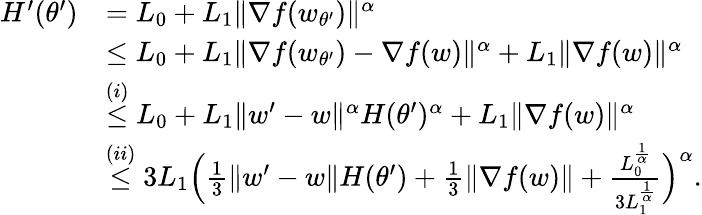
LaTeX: \begin{array}{rl}{H^{\prime}(\theta^{\prime})}&{=L_{0}+L_{1}\| \nabla f(w_{\theta^{\prime}})\| ^{\alpha}}\\ &{\le L_{0}+L_{1}\| \nabla f(w_{\theta^{\prime}})-\nabla f(w)\| ^{\alpha}+L_{1}\| \nabla f(w)\| ^{\alpha}}\\ &{\overset{(i)}{\le}L_{0}+L_{1}\| w^{\prime}-w\| ^{\alpha}H(\theta^{\prime})^{\alpha}+L_{1}\| \nabla f(w)\| ^{\alpha}}\\ &{\overset{(ii)}{\le}3L_{1}\Big(\frac{1}{3}\| w^{\prime}-w\| H(\theta^{\prime})+\frac{1}{3}\| \nabla f(w)\| +\frac{L_{0}^{\frac{1}{\alpha}}}{3L_{1}^{\frac{1}{\alpha}}}\Big)^{\alpha}.}\end{array}